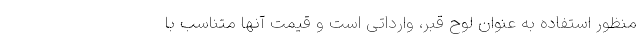
منظور استفاده به عنوان لوح قبر، وارداتی است و قیمت آنها متناسب با